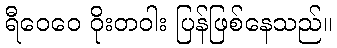
ရီဝေဝေ ဝိုးတဝါး ပြန်ဖြစ်နေသည်။